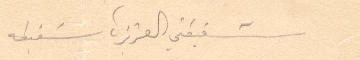
شقيقتي العزيزة شفيقة